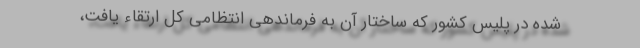
شده در پلیس کشور که ساختار آن به فرماندهی انتظامی کل ارتقاء یافت،